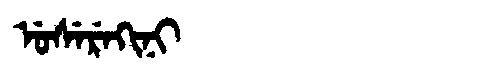
Manchu: ᡠᠰᡝᡵᡝᡴᡳᠨᡳ
Romanization: USEREKINI